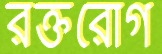
রক্তরোগ